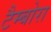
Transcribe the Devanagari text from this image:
टैम्बोरा